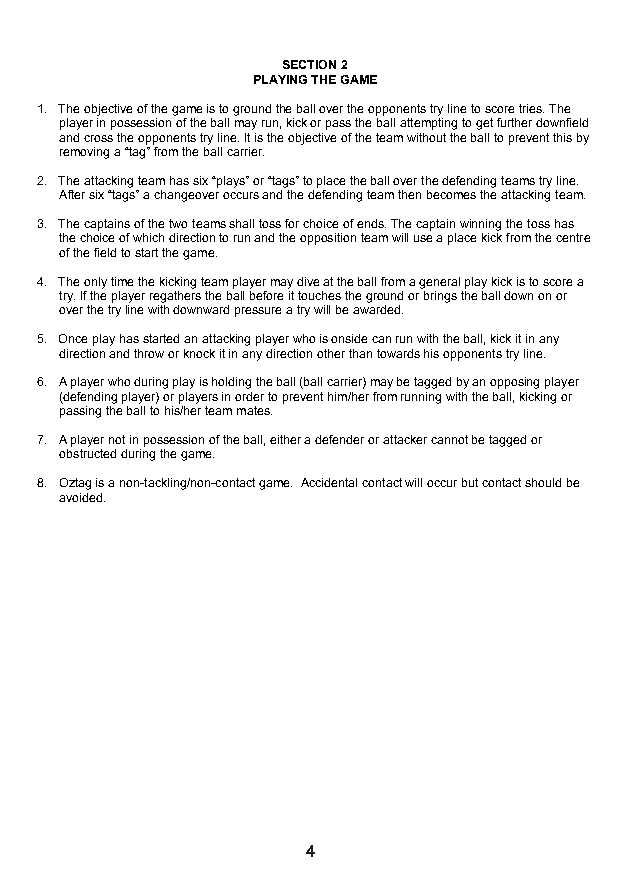
SECTION 2
 PLAYING THE GAME
 1. The objective of the game is to ground the ball over the opponents try line to score tries. The
 player in possession of the ball may run, kick or pass the ball attempting to get further downfield
 and cross the opponents try line. It is the objective of the team without the ball to prevent this by
 removing a “tag” from the ball carrier.
 2. The attacking team has six “plays” or “tags” to place the ball over the defending teams try line.
 After six “tags” a changeover occurs and the defending team then becomes the attacking team.
 3. The captains of the two teams shall toss for choice of ends. The captain winning the toss has
 the choice of which direction to run and the opposition team will use a place kick from the centre
 of the field to start the game.
 4. The only time the kicking team player may dive at the ball from a general play kick is to score a
 try. If the player regathers the ball before it touches the ground or brings the ball down on or
 over the try line with downward pressure a try will be awarded.
 5. Once play has started an attacking player who is onside can run with the ball, kick it in any
 direction and throw or knock it in any direction other than towards his opponents try line.
 6. A player who during play is holding the ball (ball carrier) may be tagged by an opposing player
 (defending player) or players in order to prevent him/her from running with the ball, kicking or
 passing the ball to his/her team mates.
 7. A player not in possession of the ball, either a defender or attacker cannot be tagged or
 obstructed during the game.
 8. Oztag is a non-tackling/non-contact game. Accidental contact will occur but contact should be
 avoided.
 5
 3                   4